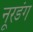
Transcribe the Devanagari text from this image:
नूरडंग